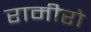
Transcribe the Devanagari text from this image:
रामीरो